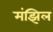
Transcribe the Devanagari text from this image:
मंझिल